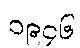
၁၉၄၆